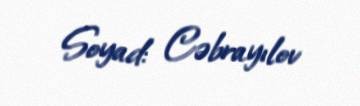
Soyad: Cəbrayılov